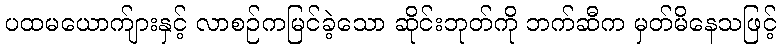
ပထမယောက်ျားနှင့် လာစဉ်ကမြင်ခဲ့သော ဆိုင်းဘုတ်ကို ဘက်ဆီက မှတ်မိနေသဖြင့်